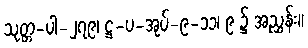
သုတ္တ-ပါ-၂၇၉၊ ဋ္ဌ-ပ-အုပ်-၉-၁၁၊ ၉ ၌ အညွှန်း။